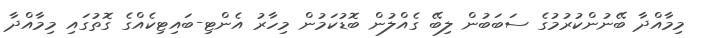
މިމާއްދާ ބޭނުންކުރުމުގެ ސަބަބުން ލިބޭ ގެއްލުން ބޮޑުކަމުން މިހާރު އެންޓި-ބައިޓިކެއްގެ ގޮތުގައި މިމާއްދާ